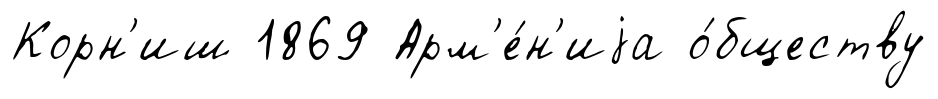
Корн'иш 1869 Арм'е́н'иjа о́бществу